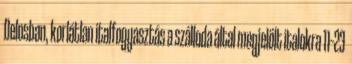
Delosban, korlátlan italfogyasztás a szálloda által megjelölt italokra 11–23